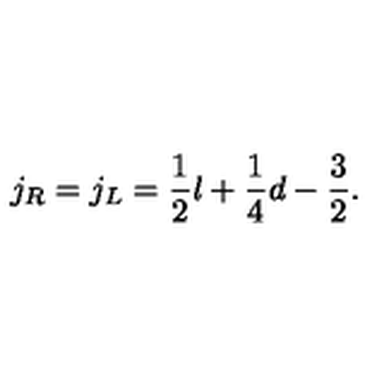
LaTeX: j _ { R } = j _ { L } = \frac { 1 } { 2 } l + \frac { 1 } { 4 } d - \frac { 3 } { 2 } .